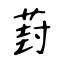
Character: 葑